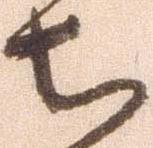
ち